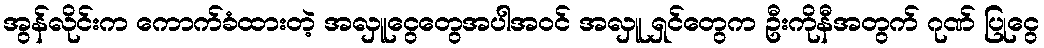
အွန်လိုင်းက ကောက်ခံထားတဲ့ အလှူငွေတွေအပါအဝင် အလှူ ရှင်တွေက ဦးကိုနီအတွက် ဂုဏ် ပြုငွေ